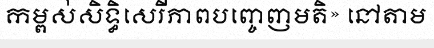
កម្ពស់សិទ្ធិសេរីភាពបញ្ចេញមតិ» នៅតាម